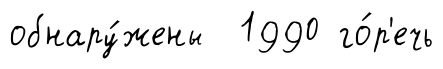
обнару́жены 1990 го́р'ечь